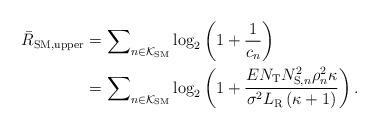
LaTeX: \begin{align*}\begin{aligned} {{\bar R}_{{\rm{SM,upper}}}} &= \sum\nolimits_{n \in {\mathcal K}_{\rm SM}} {\log_2}\left(1+\frac{1}{c_n}\right) \\ &= \sum\nolimits_{n \in {\mathcal K}_{\rm SM}} {\log_2}\left(1+\frac{{{E{N_{\rm{T}}}N_{{\rm{S}},n}^2\rho _n^2\kappa }}}{{{{\sigma ^2}L_{\rm R}\left( {\kappa + 1} \right)}}}\right).\end{aligned}\end{align*}